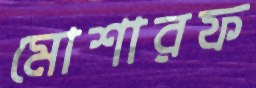
মোশারফ